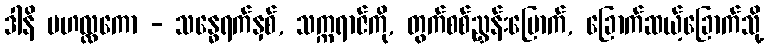
ဒါနိ မဟလ္လကော - သန္ဓေရက်နှစ်, သက္ကရာဇ်ကို, တွက်စစ်ညွှန်းမြောက်, ခြောက်ဆယ့်ခြောက်သို့